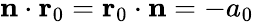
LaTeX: \mathbf{n}\cdot\mathbf{r}_{0}=\mathbf{r}_{0}\cdot\mathbf{n}=-a_{0}